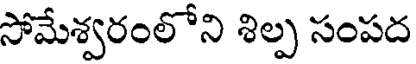
సోమేశ్వరంలోని శిల్ప సంపద